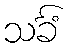
သင်္ခံ